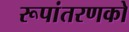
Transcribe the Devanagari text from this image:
रूपांतरणको